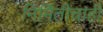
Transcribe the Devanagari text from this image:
निर्मितीचाही